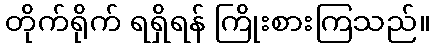
တိုက်ရိုက် ရရှိရန် ကြိုးစားကြသည်။